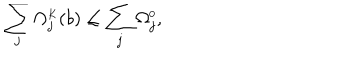
\sum _ { j } \Omega _ { j } ^ { \scriptscriptstyle K } ( b ) \leq \sum _ { j } \Omega _ { j } ^ { \scriptscriptstyle 0 } ,